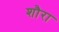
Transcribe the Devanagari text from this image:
शौरा